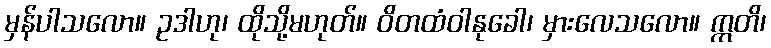
မှန်ပါသလော။ ဥဒါဟု၊ ထိုသို့မဟုတ်။ ဝိတထံဝါနုခေါ၊ မှားလေသလော။ ဣတိ၊